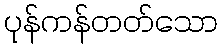
ပုန်ကန်တတ်သော